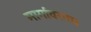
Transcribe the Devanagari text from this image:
मार्गावरता।